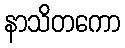
နာသိတကော